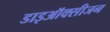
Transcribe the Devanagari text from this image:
डाइऑक्सीजन